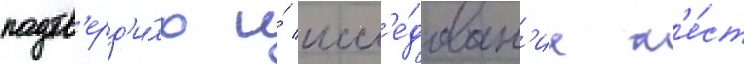
подтв'ерд'и́ло и́ иссл'е́дован'ие м'е́ст